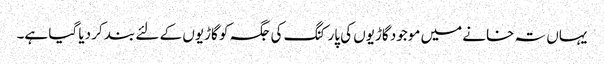
یہاں تہ خانے میں موجود گاڑیوں کی پارکنگ کی جگہ کو گاڑیوں کے لئے بند کر دیا گیا ہے۔